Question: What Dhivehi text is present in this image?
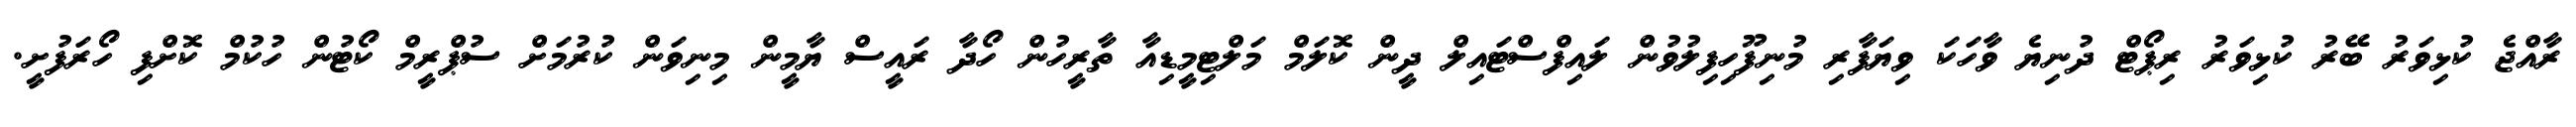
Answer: ރާއްޖެ ކުޅިވަރު ބޭރު ކުޅިވަރު ރިޕޯޓް ދުނިޔެ ވާހަކަ ވިޔަފާރި މުނިފޫހިފިލުވުން ލައިފްސްޓައިލް ދީން ކޮލަމް މަލްޓިމީޑިއާ ތާރީހުން ހޯދާ ރައީސް ޔާމީން މިނިވަން ކުރުމަށް ސުޕްރީމް ކޯޓުން ހުކުމް ކޮށްފި ހޯރަފުށީ.